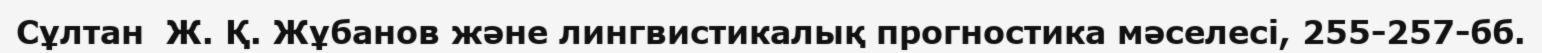
Сұлтан  Ж. Қ. Жұбанов және лингвистикалық прогностика мәселесі, 255-257-бб.